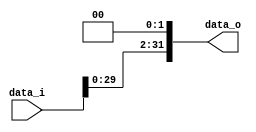
`timescale 1ns/1ps
module Shift_Left_Two_32(
    data_i,
    data_o
    );

//I/O ports                    
input [32-1:0] data_i;
output [32-1:0] data_o;

//shift left 2

assign data_o[31:2] = data_i[29:0];
assign data_o[ 1:0] = 2'b00;

endmodule